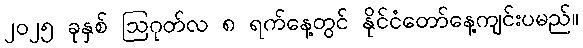
၂၀၂၅ ခုနှစ် ဩဂုတ်လ ၈ ရက်နေ့တွင် နိုင်ငံတော်နေ့ကျင်းပမည်။